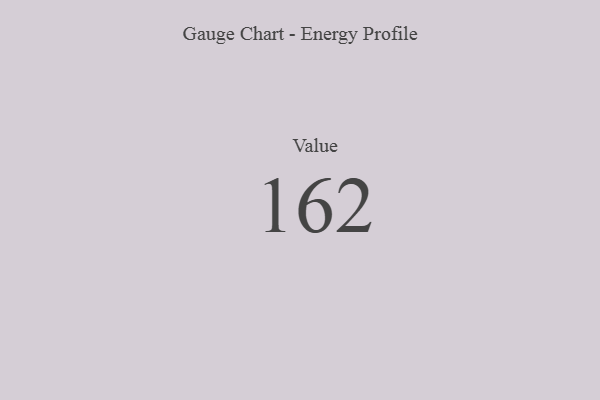
{"axis": {"x": "Metric", "y": "Value"}, "legend": [""], "data": [{"x": "Value", "y": 162, "type": ""}]}